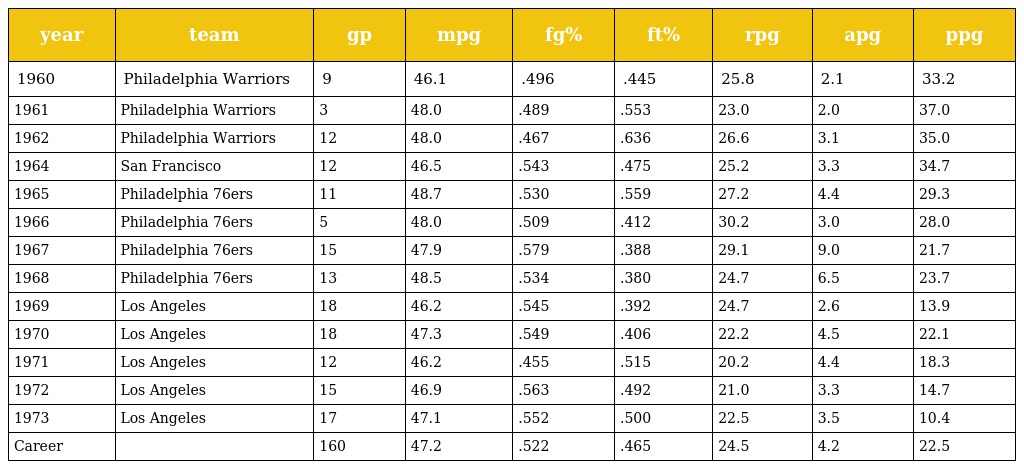
| year | team | gp | mpg | fg% | ft% | rpg | apg | ppg |
 | --- | --- | --- | --- | --- | --- | --- | --- | --- |
 | 1960 | Philadelphia Warriors | 9 | 46.1 | .496 | .445 | 25.8 | 2.1 | 33.2 |
 | 1961 | Philadelphia Warriors | 3 | 48.0 | .489 | .553 | 23.0 | 2.0 | 37.0 |
 | 1962 | Philadelphia Warriors | 12 | 48.0 | .467 | .636 | 26.6 | 3.1 | 35.0 |
 | 1964 | San Francisco | 12 | 46.5 | .543 | .475 | 25.2 | 3.3 | 34.7 |
 | 1965 | Philadelphia 76ers | 11 | 48.7 | .530 | .559 | 27.2 | 4.4 | 29.3 |
 | 1966 | Philadelphia 76ers | 5 | 48.0 | .509 | .412 | 30.2 | 3.0 | 28.0 |
 | 1967 | Philadelphia 76ers | 15 | 47.9 | .579 | .388 | 29.1 | 9.0 | 21.7 |
 | 1968 | Philadelphia 76ers | 13 | 48.5 | .534 | .380 | 24.7 | 6.5 | 23.7 |
 | 1969 | Los Angeles | 18 | 46.2 | .545 | .392 | 24.7 | 2.6 | 13.9 |
 | 1970 | Los Angeles | 18 | 47.3 | .549 | .406 | 22.2 | 4.5 | 22.1 |
 | 1971 | Los Angeles | 12 | 46.2 | .455 | .515 | 20.2 | 4.4 | 18.3 |
 | 1972 | Los Angeles | 15 | 46.9 | .563 | .492 | 21.0 | 3.3 | 14.7 |
 | 1973 | Los Angeles | 17 | 47.1 | .552 | .500 | 22.5 | 3.5 | 10.4 |
 | Career |  | 160 | 47.2 | .522 | .465 | 24.5 | 4.2 | 22.5 |